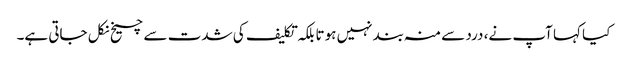
کیا کہا آپ نے، درد سے منہ بند نہیں ہوتا بلکہ تکلیف کی شدت سے چیخ نکل جاتی ہے۔